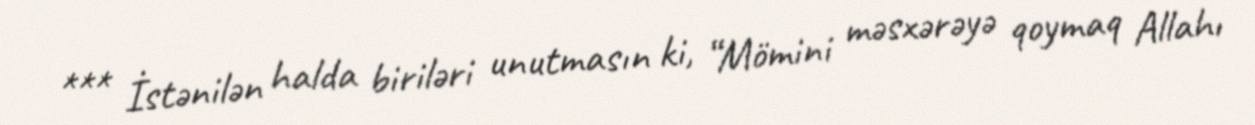
*** İstənilən halda biriləri unutmasın ki, “Mömini məsxərəyə qoymaq Allahı